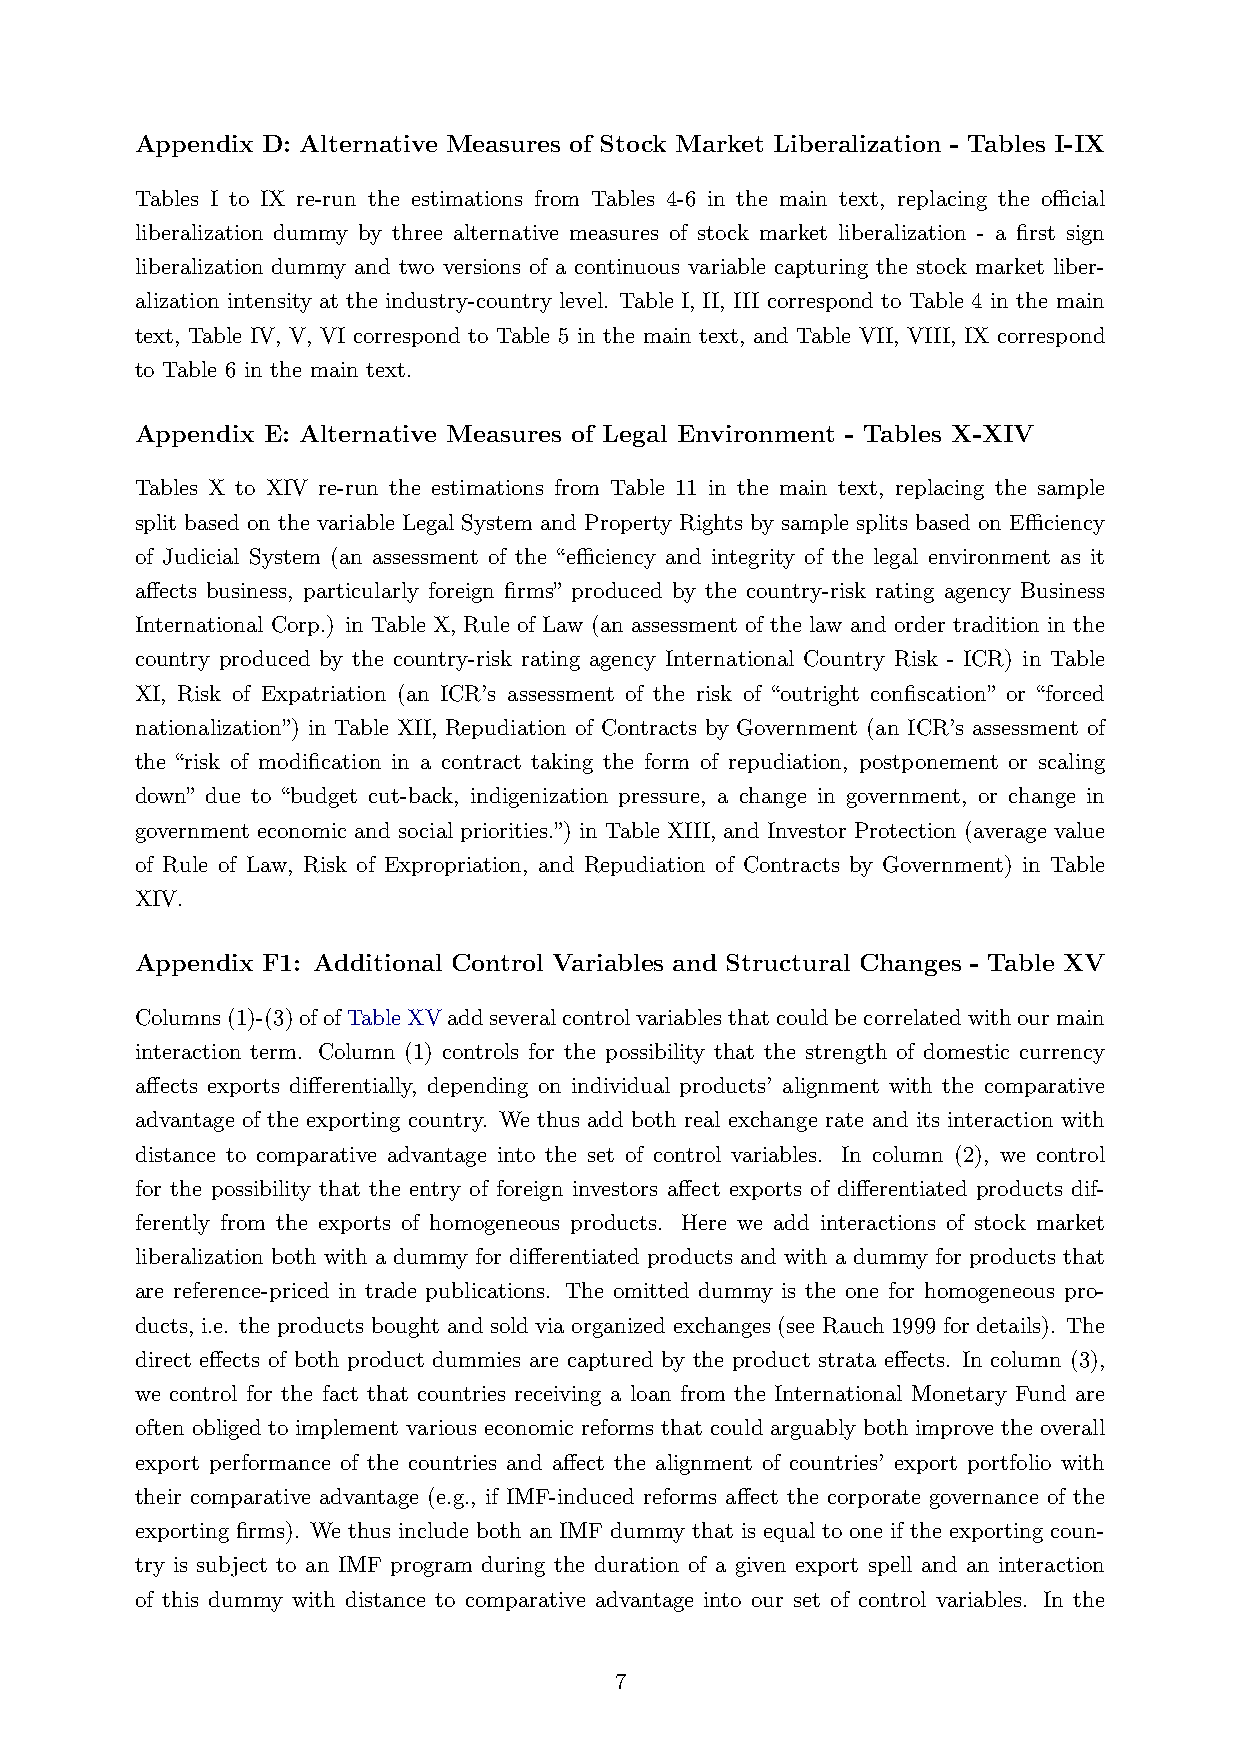
Appendix D: Alternative Measures of Stock Market Liberalization - Tables I-IX
 Tables I to IX re-run the estimations from Tables 4-6 in the main text, replacing the official
 liberalization dummy by three alternative measures of stock market liberalization - a first sign
 liberalization dummy and two versions of a continuous variable capturing the stock market liber-
 alization intensity at the industry-country level. Table I, II, III correspond to Table 4 in the main
 text, Table IV, V, VI correspond to Table 5 in the main text, and Table VII, VIII, IX correspond
 to Table 6 in the main text.
 Appendix E: Alternative Measures of Legal Environment - Tables X-XIV
 Tables X to XIV re-run the estimations from Table 11 in the main text, replacing the sample
 split based on the variable Legal System and Property Rights by sample splits based on Efficiency
 of Judicial System (an assessment of the “efficiency and integrity of the legal environment as it
 affects business, particularly foreign firms” produced by the country-risk rating agency Business
 International Corp.) in Table X, Rule of Law (an assessment of the law and order tradition in the
 country produced by the country-risk rating agency International Country Risk - ICR) in Table
 XI, Risk of Expatriation (an ICR’s assessment of the risk of “outright confiscation” or “forced
 nationalization”) in Table XII, Repudiation of Contracts by Government (an ICR’s assessment of
 the “risk of modification in a contract taking the form of repudiation, postponement or scaling
 down” due to “budget cut-back, indigenization pressure, a change in government, or change in
 government economic and social priorities.”) in Table XIII, and Investor Protection (average value
 of Rule of Law, Risk of Expropriation, and Repudiation of Contracts by Government) in Table
 XIV.
 Appendix F1: Additional Control Variables and Structural Changes - Table XV
 Columns(1)-(3)ofofTableXVaddseveralcontrolvariablesthatcouldbecorrelatedwithourmain
 interaction term. Column (1) controls for the possibility that the strength of domestic currency
 affects exports differentially, depending on individual products’ alignment with the comparative
 advantage of the exporting country. We thus add both real exchange rate and its interaction with
 distance to comparative advantage into the set of control variables. In column (2), we control
 for the possibility that the entry of foreign investors affect exports of differentiated products dif-
 ferently from the exports of homogeneous products. Here we add interactions of stock market
 liberalization both with a dummy for differentiated products and with a dummy for products that
 are reference-priced in trade publications. The omitted dummy is the one for homogeneous pro-
 ducts, i.e. the products bought and sold via organized exchanges (see Rauch 1999 for details). The
 direct effects of both product dummies are captured by the product strata effects. In column (3),
 we control for the fact that countries receiving a loan from the International Monetary Fund are
 often obliged to implement various economic reforms that could arguably both improve the overall
 export performance of the countries and affect the alignment of countries’ export portfolio with
 their comparative advantage (e.g., if IMF-induced reforms affect the corporate governance of the
 exporting firms). We thus include both an IMF dummy that is equal to one if the exporting coun-
 try is subject to an IMF program during the duration of a given export spell and an interaction
 of this dummy with distance to comparative advantage into our set of control variables. In the
 7